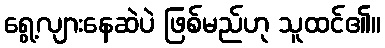
ရွေ့လျားနေဆဲပဲ ဖြစ်မည်ဟု သူထင်၏။